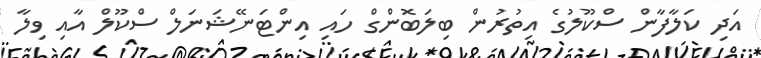
އަދި ކަލާފާން ސްކޫލުގެ އިތުރުން ބިލަބޮންގް ހައި އިންޓަނޭޝަނަލް ސްކޫލް އާއި ވިލާ